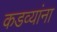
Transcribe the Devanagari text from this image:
कडव्यांना